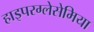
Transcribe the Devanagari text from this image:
हाइपरग्लेसेमिया